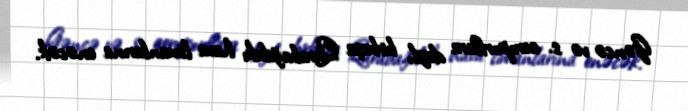
Gəncə və s. aeroportlara deyil, birbaşa Qarabağdakı hava limanlarına enəcək.